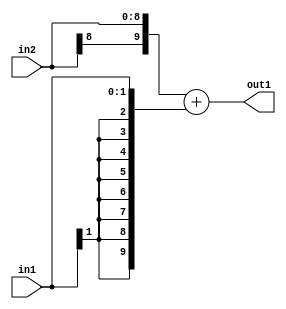
`timescale 1ps / 1ps
/*****************************************************************************
    Verilog RTL Description
    
    
    Created by: Stratus DpOpt 2019.1.01 
*******************************************************************************/

module DC_Filter_Add_9Sx2S_10S_1 (
	in2,
	in1,
	out1
	); /* architecture "behavioural" */ 
input [8:0] in2;
input [1:0] in1;
output [9:0] out1;
wire [9:0] asc001;

assign asc001 = 
	+({in2[8], in2})
	+({{8{in1[1]}}, in1});

assign out1 = asc001;
endmodule

/* CADENCE  ubPwTgE= : u9/ySgnWtBlWxVPRXgAZ4Og= ** DO NOT EDIT THIS LINE ******/